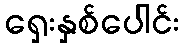
ရှေးနှစ်ပေါင်း